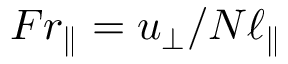
F r _ { \parallel } = u _ { \perp } / N \ell _ { \parallel }